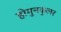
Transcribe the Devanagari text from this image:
होमुनकुलर